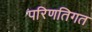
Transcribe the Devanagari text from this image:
परिणतिगत